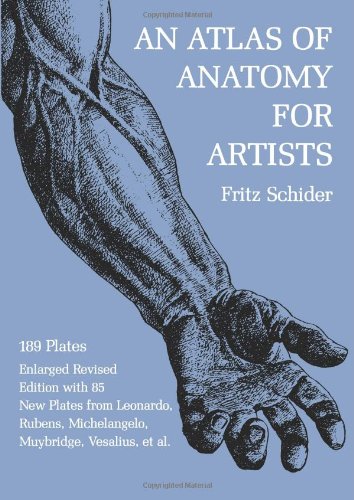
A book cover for An Atlas of Anatomy for Artists (Dover Anatomy for Artists); Fritz Schider; Arts & Photography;